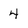
Character: 4